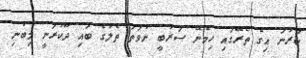
ކަރުނަ އިގެ ތެރޭގައި ހިމެނޭ ސަރުބީ ނުވަތަ ތެލުގެ ބައި ދޫކުރަނީ މިބުނި